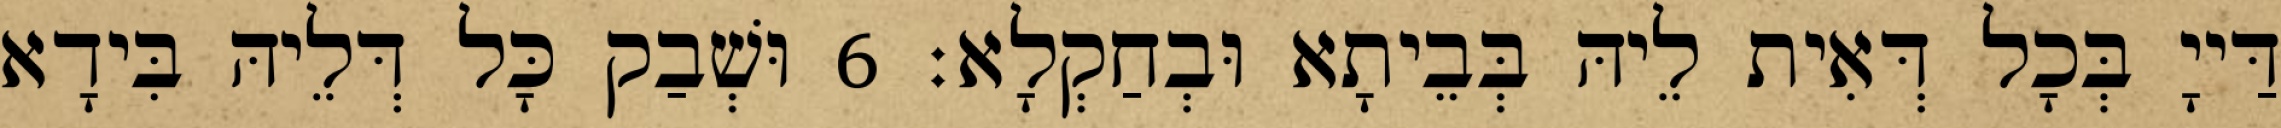
דַּייָ בְּכָל דְּאִית לֵיהּ בְּבֵיתָא וּבְחַקְלָא׃ 6 וּשְׁבַק כָּל דְּלֵיהּ בִּידָא